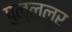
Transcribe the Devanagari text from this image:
पुल्ललूर